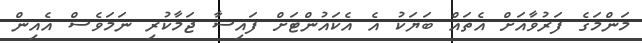
މަންމަގެ ފަރުވާއަށް އެތައް ބަޔަކު އެ އެކައުންޓަށް ފައިސާ ޖަމާކުރި ނަމަވެސް އެއިން